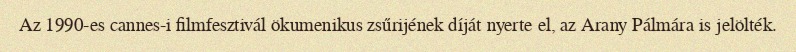
Az 1990-es cannes-i filmfesztivál ökumenikus zsűrijének díját nyerte el, az Arany Pálmára is jelölték.